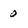
Character: o